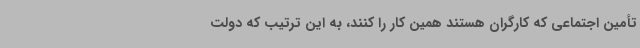
تأمین اجتماعی که کارگران هستند همین کار را کنند، به این ترتیب که دولت